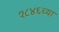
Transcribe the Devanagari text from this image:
१८४६च्या